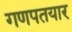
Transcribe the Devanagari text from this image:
गणपतयार